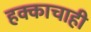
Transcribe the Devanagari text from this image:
हक्काचाही